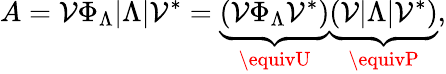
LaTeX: A=\mathcal{V}\Phi_{\Lambda}|\Lambda|\mathcal{V}^{*}=\underbrace{{\left(\mathcal{V}\Phi_{\Lambda}\mathcal{V}^{*}\right)}}_{\equivU}\underbrace{{\left(\mathcal{V}|\Lambda|\mathcal{V}^{*}\right)}}_{\equivP},